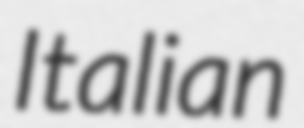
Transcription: Italian